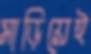
মাড়িয়েই